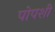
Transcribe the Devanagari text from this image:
पोपशी